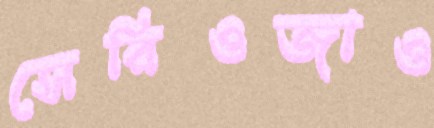
সেরিওজাও